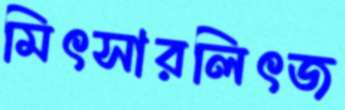
মিৎসারলিৎজ